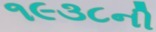
૧૯૩૮ની